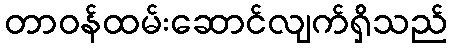
တာဝန်ထမ်းဆောင်လျက်ရှိသည်